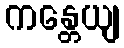
ကန္တေယျ